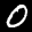
Label: 0